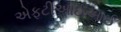
એફટીઆઈઆઈ